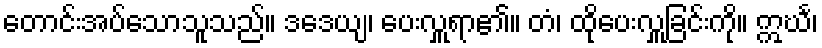
တောင်းအပ်သောသူသည်။ ဒဒေယျ၊ ပေးလှူရာ၏။ တံ၊ ထိုပေးလှူခြင်းကို။ ဣင်္ဃ၊